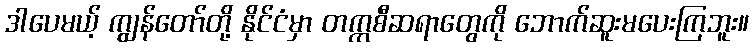
ဒါပေမယ့် ကျွန်တော်တို့ နိုင်ငံမှာ တက္ကစီဆရာတွေကို ဘောက်ဆူးမပေးကြဘူး။